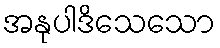
အနုပါဒိသေသော